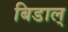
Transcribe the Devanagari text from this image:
बिडाल्